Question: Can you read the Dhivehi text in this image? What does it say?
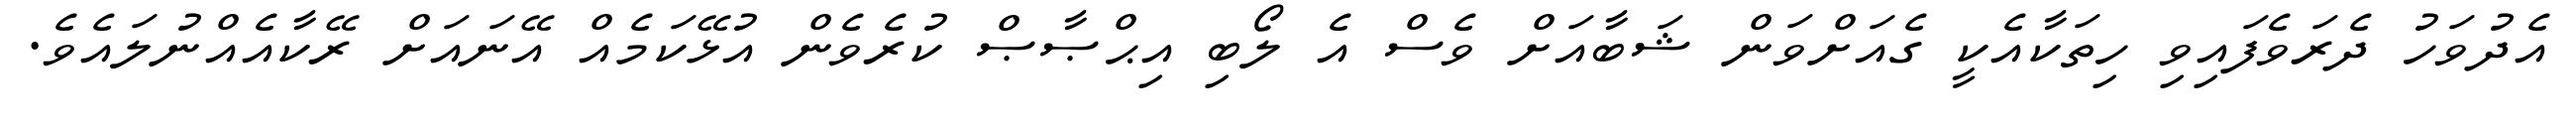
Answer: އެދުވަހު ދެރަވެފައިވި ހިތަކާއެކީ ގެއަށްވަން ޝަބާއަށް ވެސް އެ ލޯބި އިޙްޞާޞް ކުރެވެން އުޅޭކަމެއް އޭނައަށް ރޭކާއެއްނުލައެވެ.